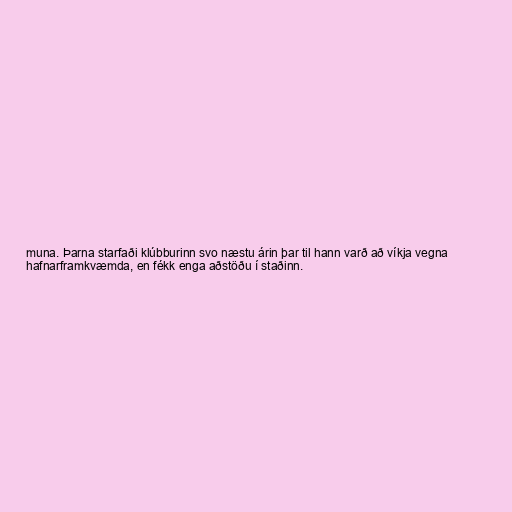
muna. Þarna starfaði klúbburinn svo næstu árin þar til hann varð að víkja vegna
hafnarframkvæmda, en fékk enga aðstöðu í staðinn.